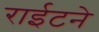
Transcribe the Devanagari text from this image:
राईटने